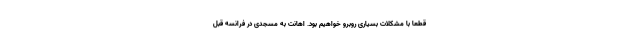
قطعا با مشکلات بسیاری روبرو خواهیم بود. اهانت به مسجدی در فرانسه قبل